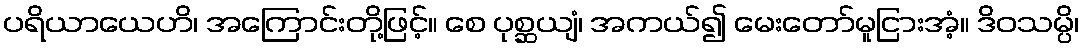
ပရိယာယေဟိ၊ အကြောင်းတို့ဖြင့်။ စေ ပုစ္ဆယျံ၊ အကယ်၍ မေးတော်မူငြားအံ့။ ဒိဝသမ္ပိ၊